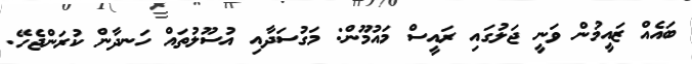
ބައެއް ޒައީމުން ވަނީ ޖަލުގައި ރައީސް މައުމޫން: މަގުސަދާއި އުސޫލުތައް ހަނދާން ކުރަންޖެހޭ.